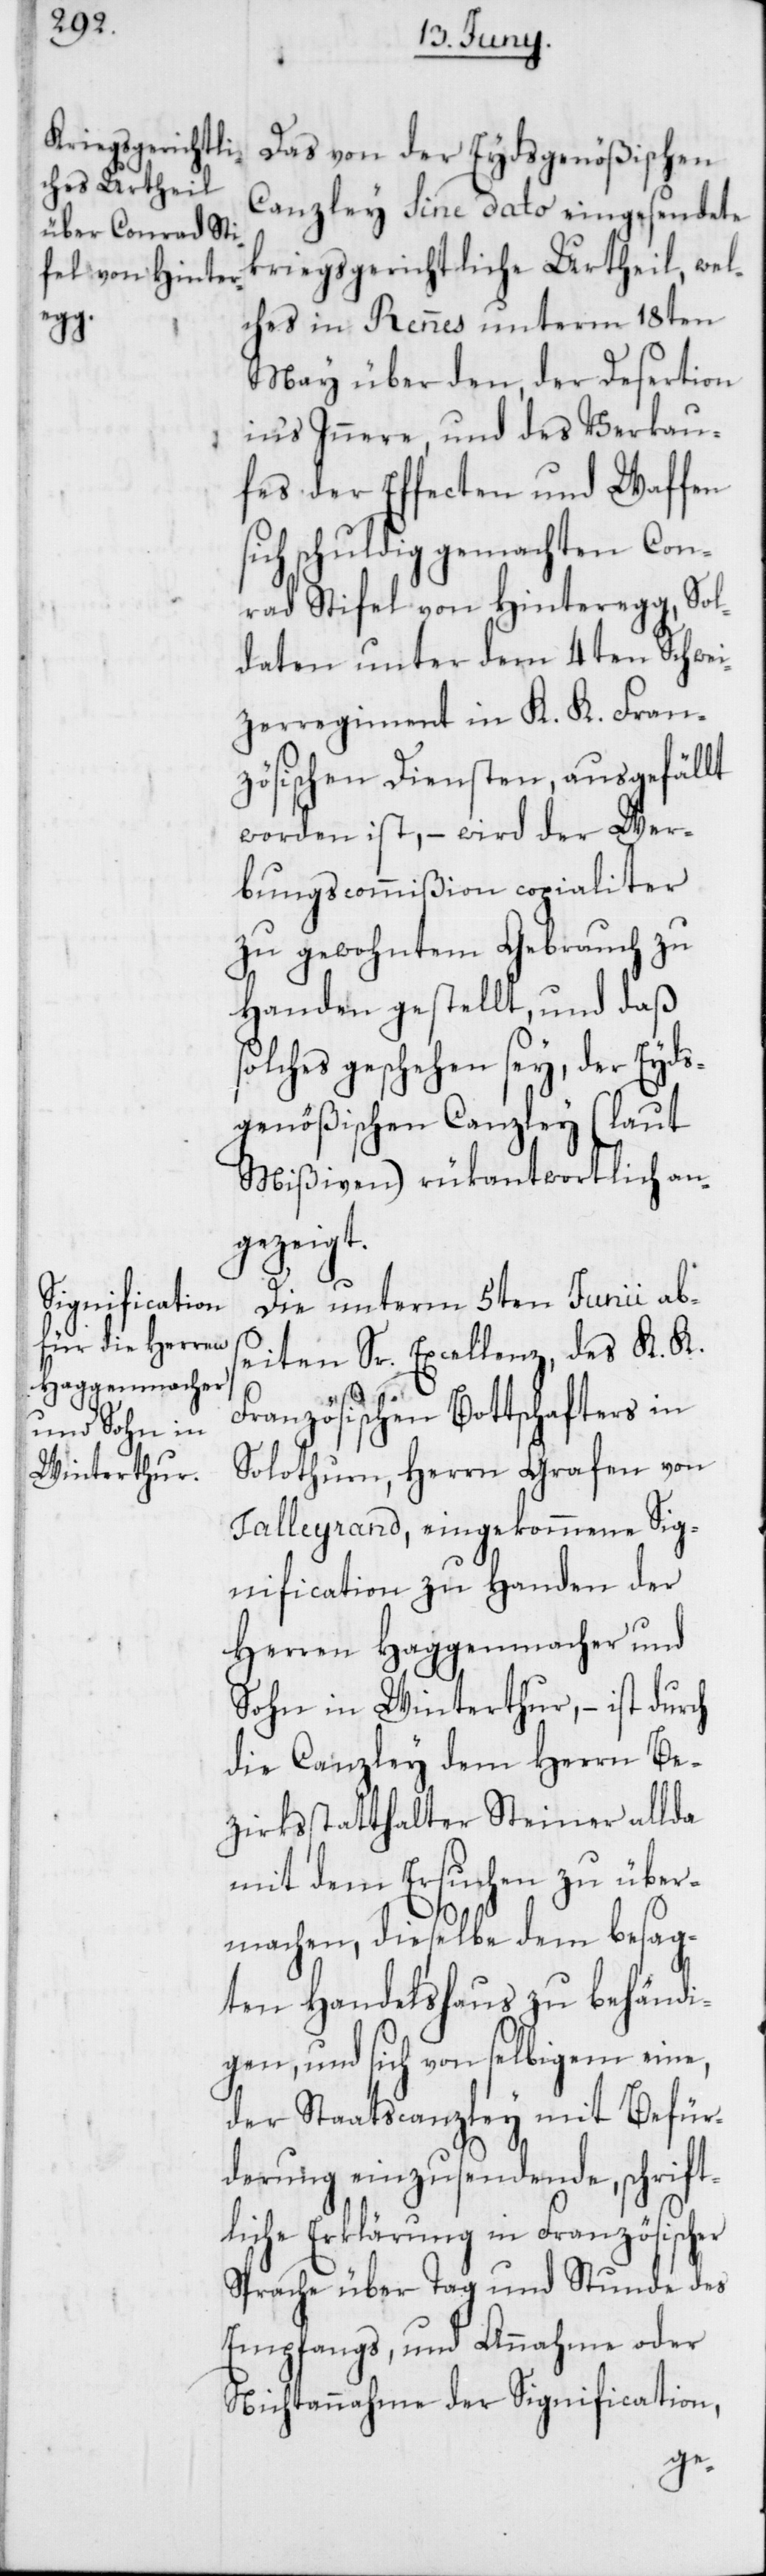
s¬

Das von der Eydsgenößischen
Canzley sine dato eingesendete
kriegsgerichtliche Urtheil, wel¬
ches in Rennes unterm 18ten
May über den, der Desertion
in‘s Innere, und des Verkau¬
fens der Effecten und Waffen
ch schuldig gemachten Con¬
rad Stifel von Hinteregg, Sol¬
daten unter dem 4ten Schwei¬
zerregiment in K. K. Fran¬
zösischen Diensten, ausgefällt
worden ist, – wird der Wer¬
bungscommißion copialiter
zu gewohntem Gebrauch zu
Handen gestellt, und daß
olches geschehen sey, der Eyds¬
genößischen Canzley (laut
Mißiven) rükantwortlich an¬
gezeigt.
Die unterm 5ten Junii abs¬
eiten Sr. Excellenz, des K. K.
Französischen Bottschafters in
Solothurn, Herrn Grafen von
Talleyrand, eingekommene Sig¬
nification zu Handen der
Herren Haggenmacher und
Sohn in Winterthur, – ist durch
die Canzley dem Herrn Be¬
zirksstatthalter Steiner allda
mit dem Ersuchen zu über¬
machen, dieselbe dem besag¬
ten Handelshaus zu behändi¬
gen, und sich von selbigem eine,
der Staatscanzley mit Befür¬
derung einzusendende, schrift¬
liche Erklärung in Französischer
Sprache über Tag und Stunde des
Empfangs, und Annahme oder
Nichtannahme der Signification,